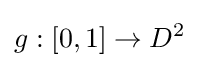
g:[0,1]\rightarrow D^{2}